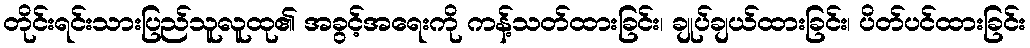
တိုင်းရင်းသားပြည်သူလူထု၏ အခွင့်အရေးကို ကန့်သတ်ထားခြင်း၊ ချုပ်ချယ်ထားခြင်း၊ ပိတ်ပင်ထားခြင်း